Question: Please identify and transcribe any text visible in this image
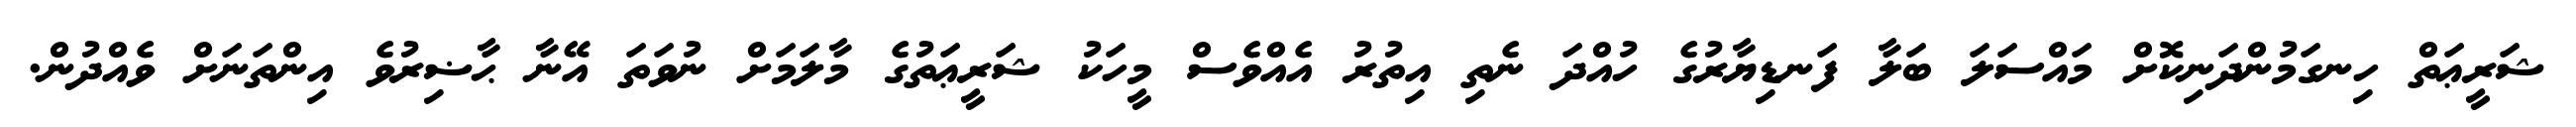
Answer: ޝަރީޢަތް ހިނގަމުންދަނިކޮށް މައްސަލަ ބަލާ ފަނޑިޔާރުގެ ހުއްދަ ނެތި އިތުރު އެއްވެސް މީހަކު ޝަރީޢަތުގެ މާލަމަށް ނުވަތަ އޭނާ ޙާޟިރުވެ އިންތަނަށް ވެއްދުން.